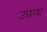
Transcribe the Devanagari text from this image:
उछाया